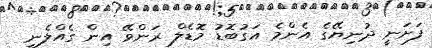
ފަށަނީ ދުނިޔޭގެ އެންމެ އަގުބޮޑު މޮޑެލް ރަންވޭ އިން ގެއްލެނީ